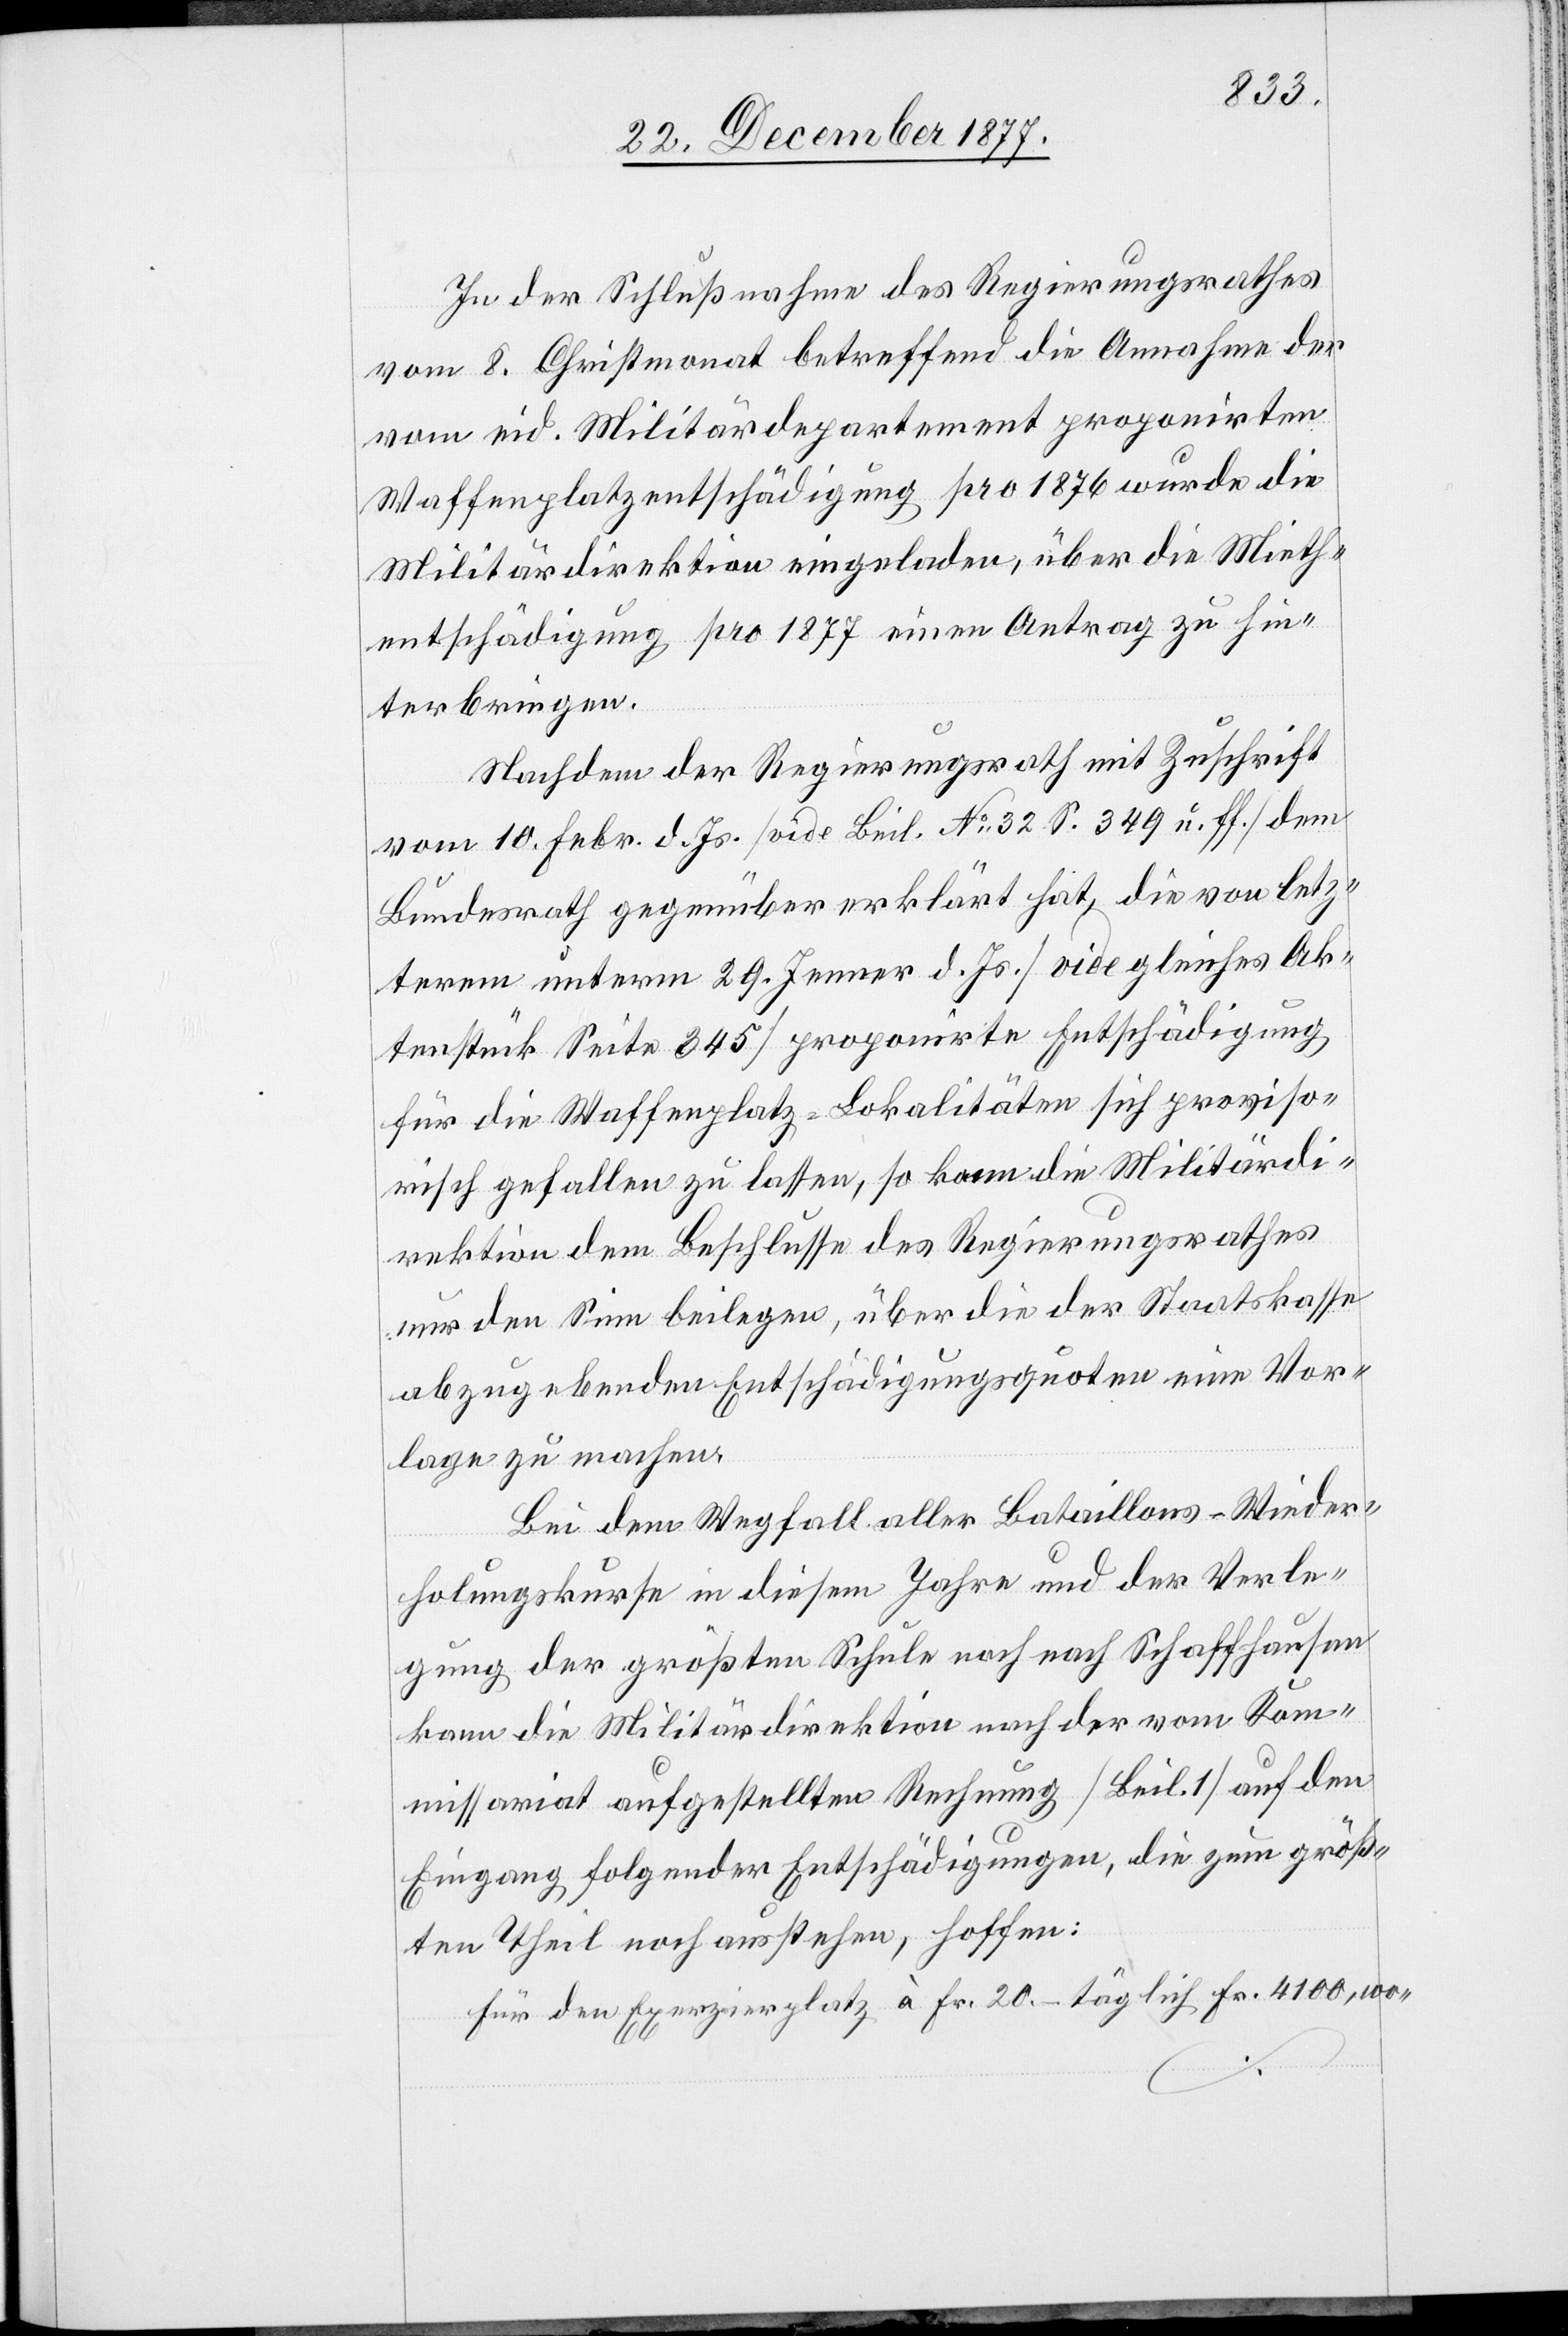
In der Schlußnahme des Regierungsrathes
vom 8. Christmonat betreffend die Annahme der
vom eid. Militärdepartement proponirten
Waffenplatzentschädigung pro 1876 wurde die
Militärdirektion eingeladen, über die Mieth¬
entschädigung pro 1877 einen Antrag zu hin¬
terbringen.
Nachdem der Regierungsrath mit Zuschrift
vom 10. Febr. d. Js. [vide Beil. No 32 S. 349 u. ff.] dem
Bundesrath gegenüber erklärt hat, die von letz¬
terem unterm 29. Jenner d. Js. [vide gleiches Ak¬
tenstück Seite 345] proponirte Entschädigung
für die Waffenplatz-Lokalitäten sich proviso¬
risch gefallen zu lassen, so kann die Militärdi¬
rektion dem Beschlusse des Regierungsrathes
nur den Sinn beilegen, über die der Staatskasse
abzugebenden Entschädigungsquoten eine Vor¬
lage zu machen.
Bei dem Wegfall aller Bataillons-Wieder¬
holungskurse in diesem Jahre und der Verle¬
gung der größten Schule nach nach [sic!] Schaffhausen
kann die Militärdirektion nach der vom Kom¬
missariat aufgestellten Rechnung [Beil. 1] auf den
Eingang folgender Entschädigungen, die zum größ¬
ten Theil noch ausstehen, hoffen:
Für den Exerzierplatz à Fr. 20.– täglich Fr. 4100, wo-